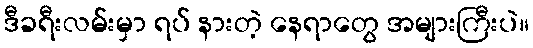
ဒီခရီးလမ်းမှာ ရပ် နားတဲ့ နေရာတွေ အများကြီးပဲ။